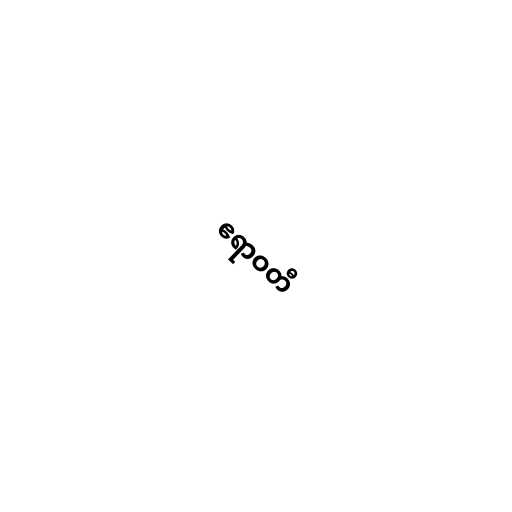
ဧရာဝတီ